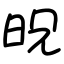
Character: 㫛